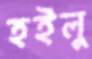
হইলু